Annual report of lunatic asylums [Bombay] - 1912-1922
Year: 1912
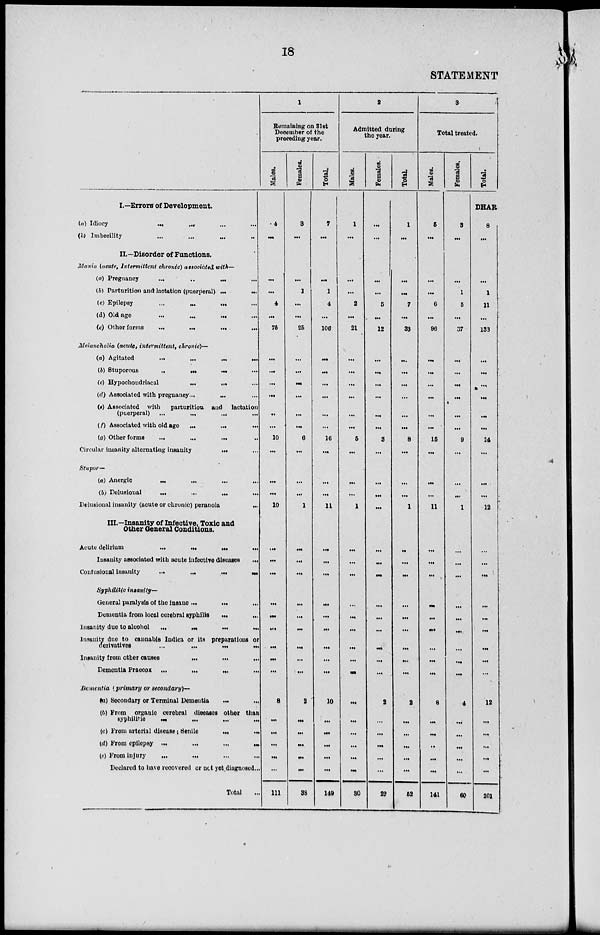
18
STATEMENT
I.—Errors of Development.
(a) Idiocy
...
...
...
...
(b) Imbecility ... ... ... ...
II.—Disorder of Functions.
Mania (acute, Intermittent chronic) associated with—
(a)
Pregnancy
...
...
...
...
(b) Parturition and lactation (puerperal)
...
...
(c) Epilepsy
...
...
...
...
(d) Old age ... ... ... ...
(e) Other forms
...
...
...
...
Melancholia (acute, intermittent, chronic)—
(a) Agitated ... ... ... ...
(b) Stuporous
...
...
...
...
(c) Hypochondriacal
...
...
...
(d) Associated with pregnancy... ... ...
(e) Associated with parturition, and lactation
(puerperal)
...
...
...
...
(f) Associated with old
age
...
...
...
(g) Other forms ... ... ... ...
Circular insanity alternating insanity
...
...
Stupor—
(a) Anergic
...
...
...
...
(b) Delusional ... ... ... ...
Delusional insanity (acute or chronic) peranoia
...
III.—Insanity of Infective, Toxic and
Other General Conditions.
Acute delirium
...
...
...
...
Insanity associated with acute infective diseases
...
Confusional insanity
...
...
...
...
Syphilitic insanity—
General paralysis of the insane ... ... ...
Dementia from local cerebral syphilis
...
...
Insanity due to alcohol
...
...
...
...
Insanity due to cannabis Indica or its preparations or
derivatives ... ... ... ...
Insanity from other causes
...
...
...
Dementia Praecox
...
...
...
...
Dementia (primary or secondary)—
(a) Secondary or Terminal Dementia ... ...
(b) From organic cerebral diseases other than
syphilitic ... ... ... ...
(e) From arterial disease; Senile ... ...
(d) From epilepsy
...
...
...
...
(e) From injury ... ... ... ...
Declared to have recovered or not yet diagnosed...
Total ...
1
Remaining on 31st
December of the
preceding year.
Males.
4
...
...
...
4
...
76
...
...
...
...
...
...
10
...
....
...
10
...
...
...
...
...
...
...
...
...
8
...
...
...
...
...
111
Females.
3
...
...
1
...
...
25
...
...
...
...
...
...
6
...
...
...
1
...
...
...
...
...
...
...
...
...
9
...
...
...
...
...
38
Total.
7
...
...
1
4
...
106
...
...
...
...
...
...
16
...
...
...
11
...
...
...
...
...
...
...
...
...
10
...
...
...
...
...
149
2
Admitted during
the year.
Males.
1
...
...
...
2
...
21
...
...
...
...
...
...
6
...
...
...
1
...
...
...
...
...
...
...
...
...
...
...
...
...
...
...
30
Females.
...
...
...
...
5
...
12
...
...
...
...
...
...
8
...
...
...
...
...
...
...
...
...
...
...
...
...
2
...
...
...
...
...
22
Total.
1
...
...
...
7
...
33
...
...
...
...
...
...
8
...
...
...
1
...
...
...
...
...
...
...
...
...
2
...
...
...
...
...
52
3
Total treated.
Males.
5
...
...
...
6
...
98
...
...
...
...
...
...
15
...
...
...
11
...
...
...
...
...
...
...
...
...
8
...
...
...
...
...
141
Females.
3
...
...
1
5
...
37
...
...
...
...
...
...
9
...
...
...
1
...
...
...
...
...
...
...
...
...
4
...
...
...
...
...
60
Total.
DHAR
8
...
...
1
11
...
133
...
...
...
...
...
...
24
...
...
...
12
...
...
...
...
...
...
...
...
...
12
...
...
...
...
...
201